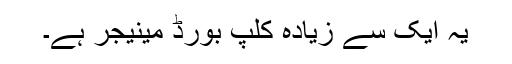
یہ ایک سے زیادہ کلپ بورڈ مینیجر ہے۔